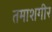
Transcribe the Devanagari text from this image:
तमाशगीर